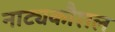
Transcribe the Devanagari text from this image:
नाट्यकौशल